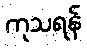
ကုသရန်